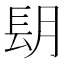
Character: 𨱠